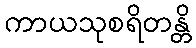
ကာယသုစရိတန္တိ